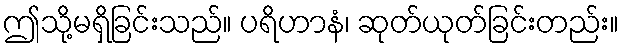
ဤသို့မရှိခြင်းသည်။ ပရိဟာနံ၊ ဆုတ်ယုတ်ခြင်းတည်း။